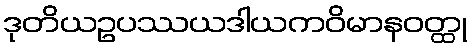
ဒုတိယဥပဿယဒါယကဝိမာနဝတ္ထု